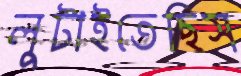
লুটাইতেছিস